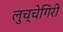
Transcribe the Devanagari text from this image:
लुच्चेगिरी